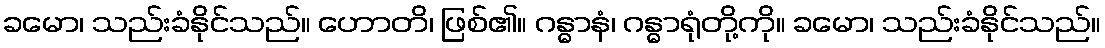
ခမော၊ သည်းခံနိုင်သည်။ ဟောတိ၊ ဖြစ်၏။ ဂန္ဓာနံ၊ ဂန္ဓာရုံတို့ကို။ ခမော၊ သည်းခံနိုင်သည်။